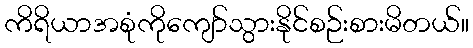
ကိရိယာအစုံကိုကျော်သွားနိုင်စဉ်းစားမိတယ်။